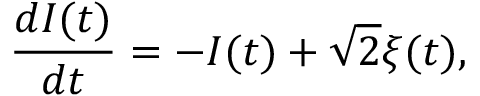
\frac { d I ( t ) } { d t } = - I ( t ) + \sqrt { 2 } \xi ( t ) ,